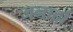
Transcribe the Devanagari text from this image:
जनार्दा